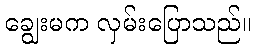
ချွေးမက လှမ်းပြောသည်။